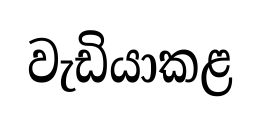
වැඩියාකළ